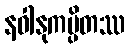
နဝါနုကမ္ပိတဿ